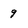
Character: 9